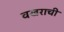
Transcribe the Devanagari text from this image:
वखराची